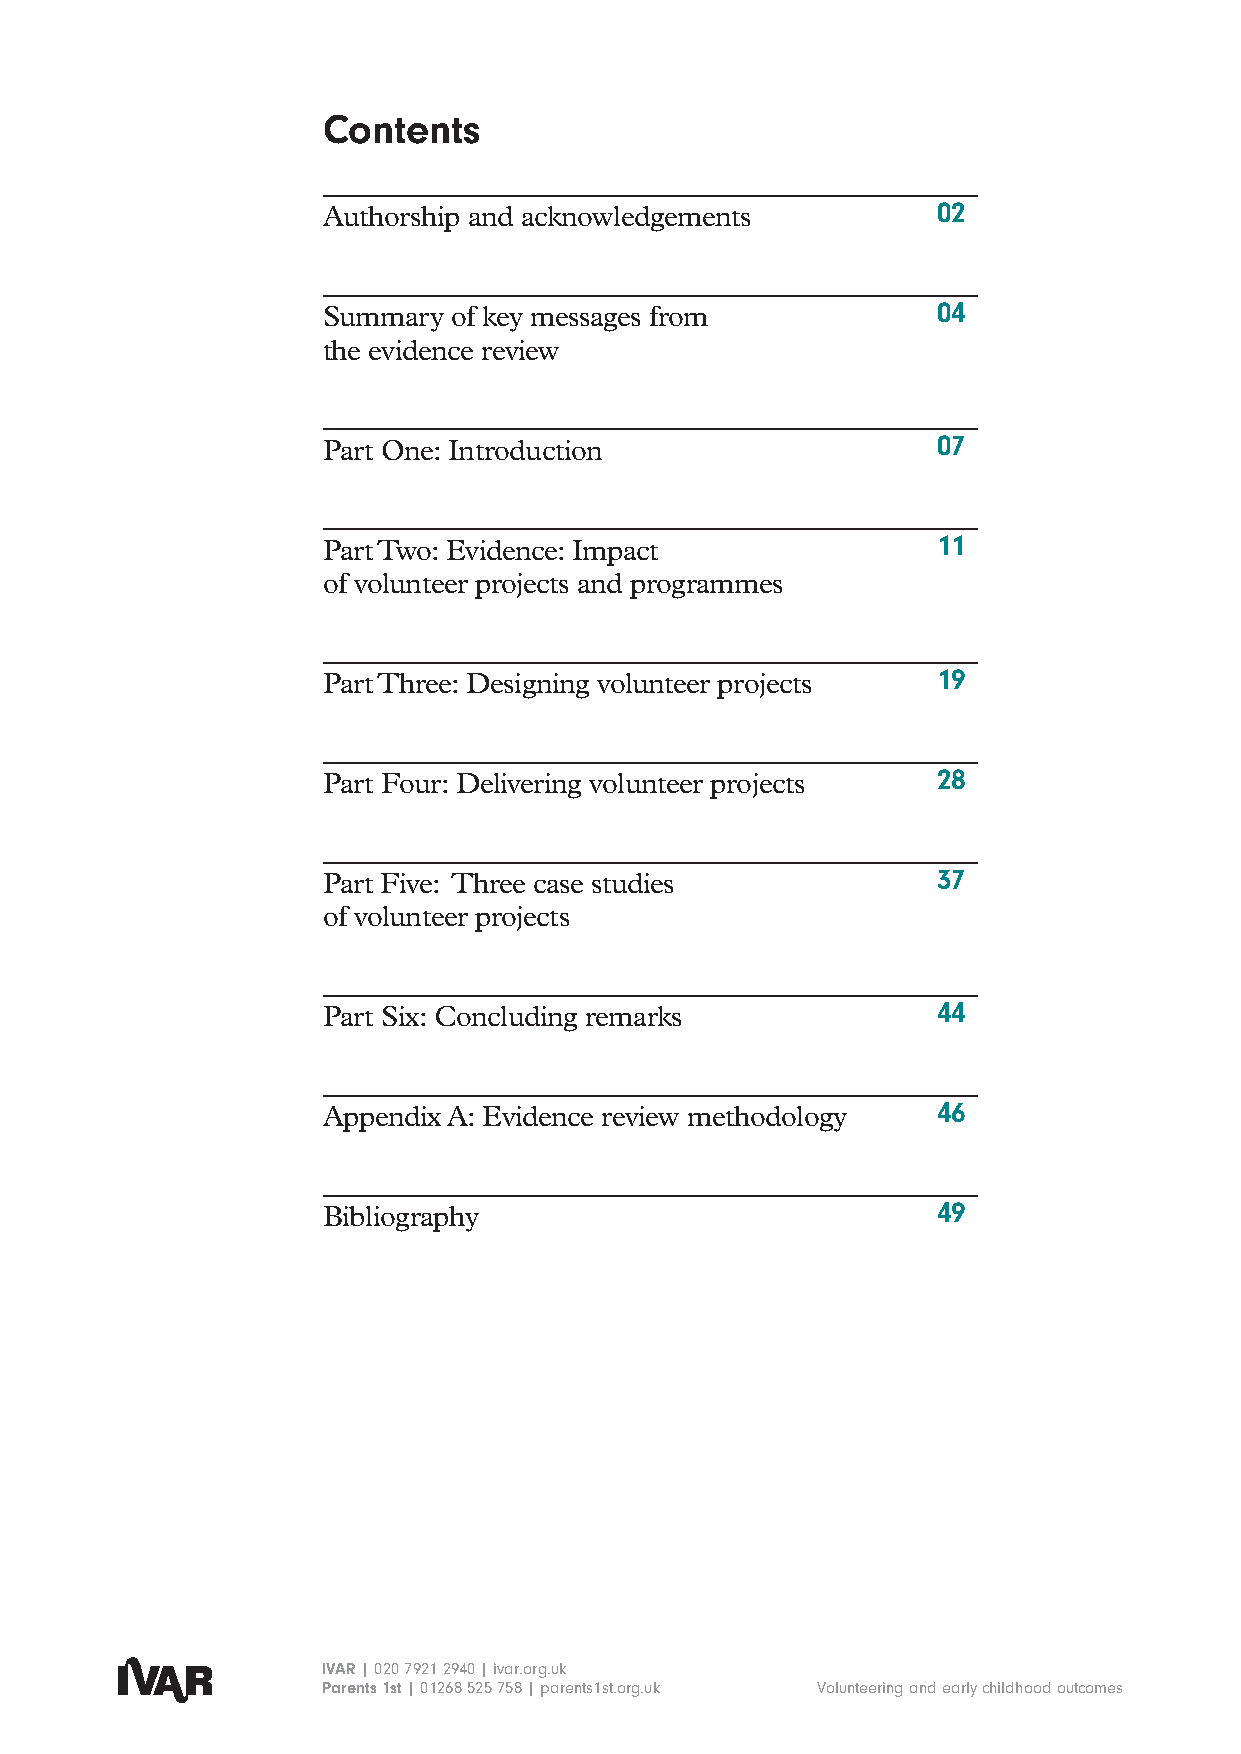
Contents
 Authorship and acknowledgements          02
 Summary  of key messages from            04
 the evidence review
 Part One: Introduction                   07
 Part Two: Evidence: Impact               11
 of volunteer projects and programmes
 Part Three: Designing volunteer projects 19
 Part Four: Delivering volunteer projects 28
 Part Five: Three case studies            37
 of volunteer projects
 Part Six: Concluding remarks             44
 Appendix A: Evidence review methodology  46
 Bibliography                             49
 IVAR | 020 7921 2940 | ivar.org.uk
 Parents 1st | 01268 525 758 | parents1st.org.uk Volunteering and early childhood outcomes